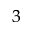
^ { 3 }